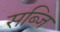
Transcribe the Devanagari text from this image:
सब्जि